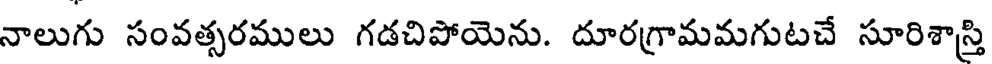
నాలుగు సంవత్సరములు గడచిపోయెను. దూరగ్రామమగుటచే సూరిశాస్తి